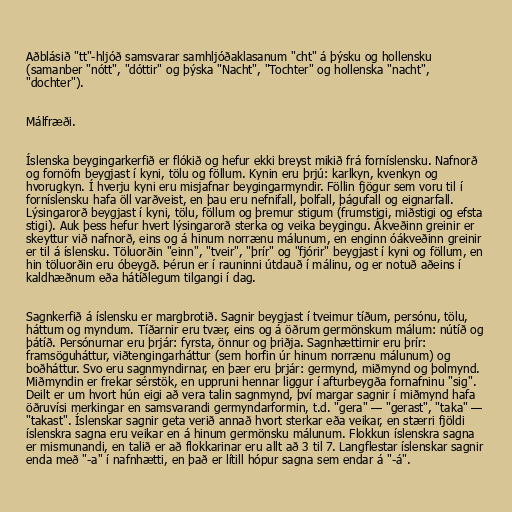
Aðblásið "tt"-hljóð samsvarar samhljóðaklasanum "cht" á þýsku og hollensku
(samanber "nótt", "dóttir" og þýska "Nacht", "Tochter" og hollenska "nacht",
"dochter").

Málfræði.

Íslenska beygingarkerfið er flókið og hefur ekki breyst mikið frá forníslensku. Nafnorð
og fornöfn beygjast í kyni, tölu og föllum. Kynin eru þrjú: karlkyn, kvenkyn og
hvorugkyn. Í hverju kyni eru misjafnar beygingarmyndir. Föllin fjögur sem voru til í
forníslensku hafa öll varðveist, en þau eru nefnifall, þolfall, þágufall og eignarfall.
Lýsingarorð beygjast í kyni, tölu, föllum og þremur stigum (frumstigi, miðstigi og efsta
stigi). Auk þess hefur hvert lýsingarorð sterka og veika beygingu. Ákveðinn greinir er
skeyttur við nafnorð, eins og á hinum norrænu málunum, en enginn óákveðinn greinir
er til á íslensku. Töluorðin "einn", "tveir", "þrír" og "fjórir" beygjast í kyni og föllum, en
hin töluorðin eru óbeygð. Þérun er í rauninni útdauð í málinu, og er notuð aðeins í
kaldhæðnum eða hátíðlegum tilgangi í dag.

Sagnkerfið á íslensku er margbrotið. Sagnir beygjast í tveimur tíðum, persónu, tölu,
háttum og myndum. Tíðarnir eru tvær, eins og á öðrum germönskum málum: nútíð og
þátíð. Persónurnar eru þrjár: fyrsta, önnur og þriðja. Sagnhættirnir eru þrír:
framsöguháttur, viðtengingarháttur (sem horfin úr hinum norrænu málunum) og
boðháttur. Svo eru sagnmyndirnar, en þær eru þrjár: germynd, miðmynd og þolmynd.
Miðmyndin er frekar sérstök, en uppruni hennar liggur í afturbeygða fornafninu "sig".
Deilt er um hvort hún eigi að vera talin sagnmynd, því margar sagnir í miðmynd hafa
öðruvísi merkingar en samsvarandi germyndarformin, t.d. "gera" — "gerast", "taka" —
"takast". Íslenskar sagnir geta verið annað hvort sterkar eða veikar, en stærri fjöldi
íslenskra sagna eru veikar en á hinum germönsku málunum. Flokkun íslenskra sagna
er mismunandi, en talið er að flokkarinar eru allt að 3 til 7. Langflestar íslenskar sagnir
enda með "-a" í nafnhætti, en það er lítill hópur sagna sem endar á "-á".